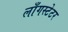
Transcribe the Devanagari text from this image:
लाँगस्टेटर